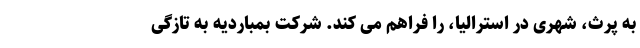
به پرث، شهری در استرالیا، را فراهم می کند. شرکت بمباردیه به تازگی